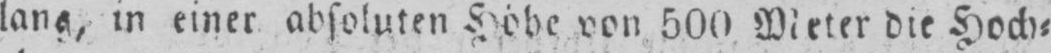
lang, in einer absoluten Höhe von 500 Meter die Hoch⸗